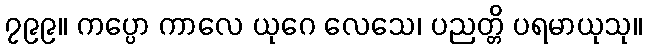
၇၉၉။ ကပ္ပော ကာလေ ယုဂေ လေသေ၊ ပညတ္တိ ပရမာယုသု။